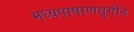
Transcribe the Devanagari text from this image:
मध्यपाषाणयुगीन